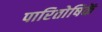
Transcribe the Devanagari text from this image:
पारितोषिकें